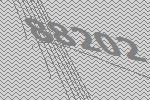
88202